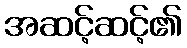
အဆင့်ဆင့်၏